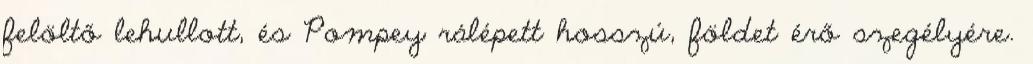
felöltő lehullott, és Pompey rálépett hosszú, földet érő szegélyére.